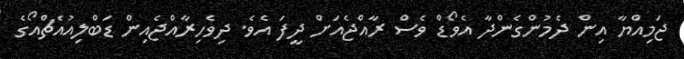
ޖަމިއްޔާ އިން ދެމުންގެންދާ އެވޯޑް ވެސް ރާއްޖެއަށް ދީފަ އެެވެ. ދިވެހިރާއްޖެއިން ޑަބްލިއުއެޗްއޯގެ